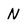
Character: N